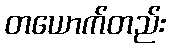
တယောက်တည်း